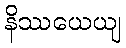
နိဿယေယျ